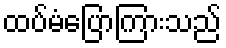
ထပ်မံပြောကြားသည်